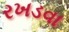
રખડવા